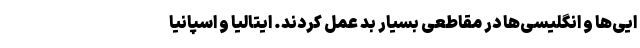
ایی‌ها و انگلیسی‌ها در مقاطعی بسیار بد عمل کردند. ایتالیا و اسپانیا